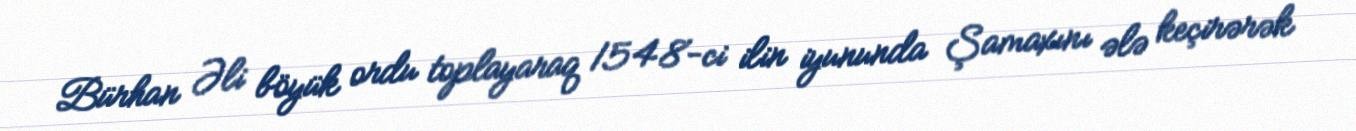
Bürhan Əli böyük ordu toplayaraq 1548-ci ilin iyununda Şamaxını ələ keçirərək